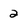
Character: 2